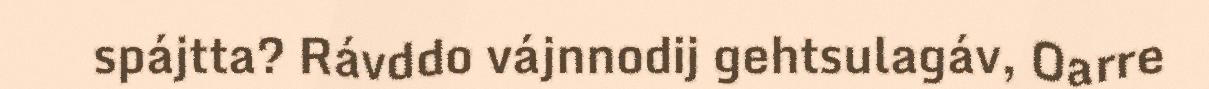
spájtta? Rávddo vájnnodij gehtsulagáv, Oarre